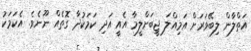
އަތްލާން ލިބޭވަރަށް އަމިއްލަ ޖީބަށްލީމާ އެއީ އަދި ކަމަކުދާ ގޮތެއް ނޫނެވެ. އެކަމަކު